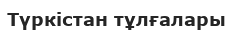
Түркістан тұлғалары